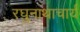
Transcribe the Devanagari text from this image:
रघुनाथाचार्य